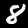
Digit: 8